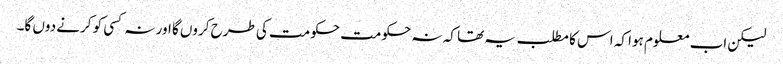
لیکن اب معلوم ہوا کہ اس کا مطلب یہ تھا کہ نہ حکومت حکومت کی طرح کروں گا اور نہ کسی کو کرنے دوں گا۔